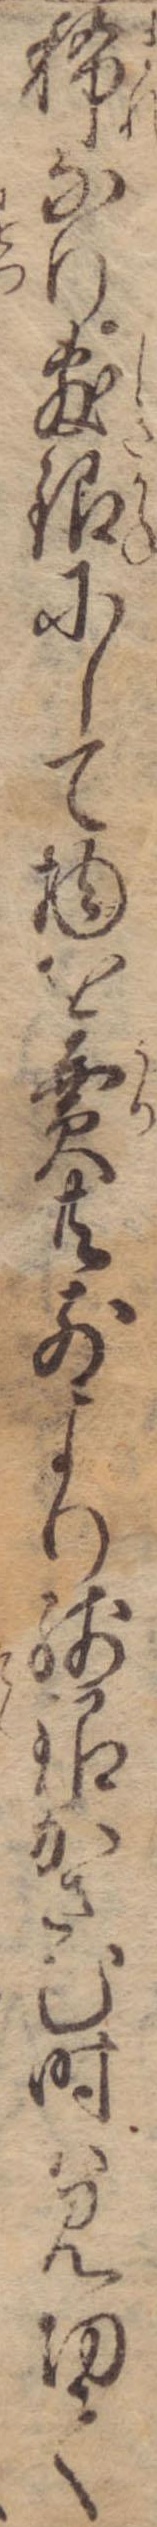
稀なり敷銀にして物を売共前より残銀かさむ時は見切て